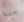
يمكننا